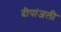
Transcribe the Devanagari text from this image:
दीपांजली